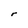
Character: r